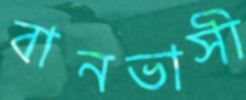
বানভাসী